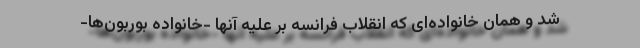
شد و همان خانواده‌ای که انقلاب فرانسه بر علیه آنها -خانواده بوربون‌ها-